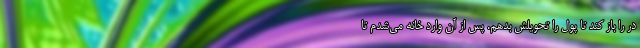
در را باز کند تا پول را تحویلش بدهم. پس از آن وارد خانه‌ می‌شدم تا